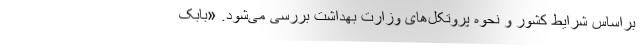
براساس شرایط کشور و نحوه پروتکل‌های وزارت بهداشت بررسی می‌شود. «بابک